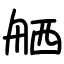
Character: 舾